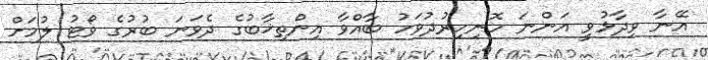
އޭނާ ވިދާޅުވީ އަންނަ ހޮނިހިރުދުވަހު ބާއްވާ އިންތިޚާބުގެ ދެވަނަ ބުރުގެ ވޯޓު ލުމަށް